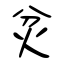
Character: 炃